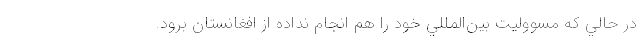
در حالي كه مسووليت بين‌المللي خود را هم انجام نداده از افغانستان برود.